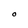
Character: O